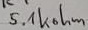
Text: 5.1Kohm